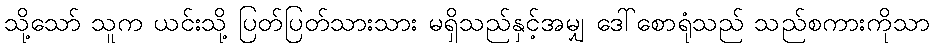
သို့သော် သူက ယင်းသို့ ပြတ်ပြတ်သားသား မရှိသည်နှင့်အမျှ ဒေါ်စောရုံသည် သည်စကားကိုသာ